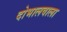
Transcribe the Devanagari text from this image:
दोभालवाला